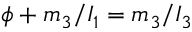
\phi + m _ { 3 } / I _ { 1 } = m _ { 3 } / I _ { 3 }